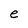
Character: e